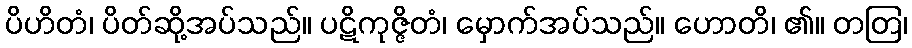
ပိဟိတံ၊ ပိတ်ဆို့အပ်သည်။ ပဋိကုဇ္ဇိတံ၊ မှောက်အပ်သည်။ ဟောတိ၊ ၏။ တတြ၊